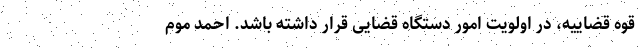
قوه قضاییه، در اولویت امور دستگاه قضایی قرار داشته باشد. احمد موم